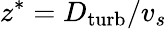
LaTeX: z^{*}=D_{\mathrm{turb}}/v_{s}